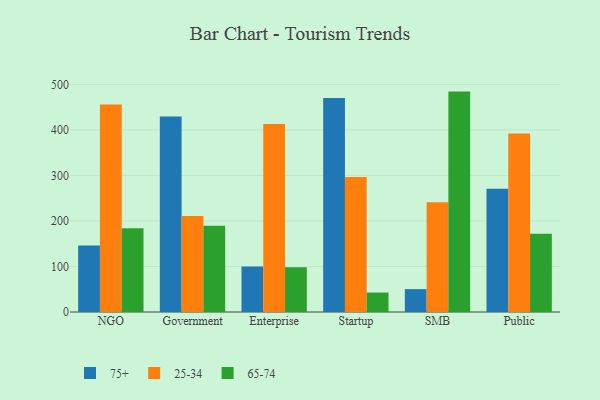
{"axis": {"x": "Segment", "y": "Net Income (USD K)"}, "legend": ["25-34", "65-74", "75+"], "data": [{"x": "NGO", "y": 145.9, "type": "75+"}, {"x": "NGO", "y": 455.5, "type": "25-34"}, {"x": "NGO", "y": 183.7, "type": "65-74"}, {"x": "Government", "y": 429.5, "type": "75+"}, {"x": "Government", "y": 210.9, "type": "25-34"}, {"x": "Government", "y": 189.6, "type": "65-74"}, {"x": "Enterprise", "y": 100.1, "type": "75+"}, {"x": "Enterprise", "y": 412.7, "type": "25-34"}, {"x": "Enterprise", "y": 98.3, "type": "65-74"}, {"x": "Startup", "y": 470.2, "type": "75+"}, {"x": "Startup", "y": 296.7, "type": "25-34"}, {"x": "Startup", "y": 42.8, "type": "65-74"}, {"x": "SMB", "y": 50.2, "type": "75+"}, {"x": "SMB", "y": 241.0, "type": "25-34"}, {"x": "SMB", "y": 484.0, "type": "65-74"}, {"x": "Public", "y": 270.9, "type": "75+"}, {"x": "Public", "y": 391.9, "type": "25-34"}, {"x": "Public", "y": 171.7, "type": "65-74"}]}